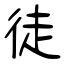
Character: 徒